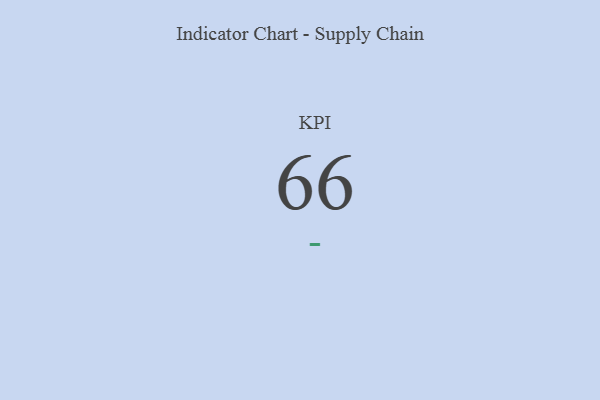
{"axis": {"x": "KPI", "y": "Value"}, "legend": [""], "data": [{"x": "KPI", "y": 66, "type": ""}]}